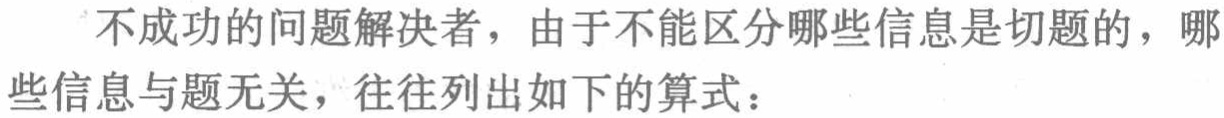
不成功的问题解决者，由于不能区分哪些信息是切题的，哪些信息与题无关，往往列出如下的算式：